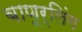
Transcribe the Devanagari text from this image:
बाणूर्लिंग